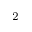
_ 2